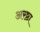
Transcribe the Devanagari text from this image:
अरष्ठा